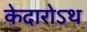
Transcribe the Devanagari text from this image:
केदारोऽथ